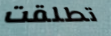
تطلقت